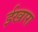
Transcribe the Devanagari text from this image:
ईखारा